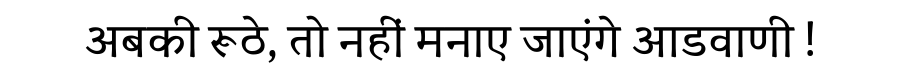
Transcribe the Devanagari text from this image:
अबकी रूठे, तो नहीं मनाए जाएंगे आडवाणी !